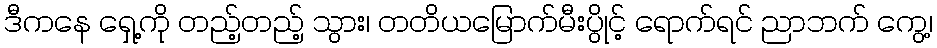
ဒီကနေ ရှေ့ကို တည့်တည့် သွား၊ တတိယမြောက်မီးပွိုင့် ရောက်ရင် ညာဘက် ကွေ့၊